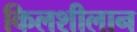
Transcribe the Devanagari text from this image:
किलशीलान